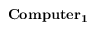
\mathbf { C o m p u t e r _ { 1 } }